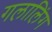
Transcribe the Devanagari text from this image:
गलालिंग